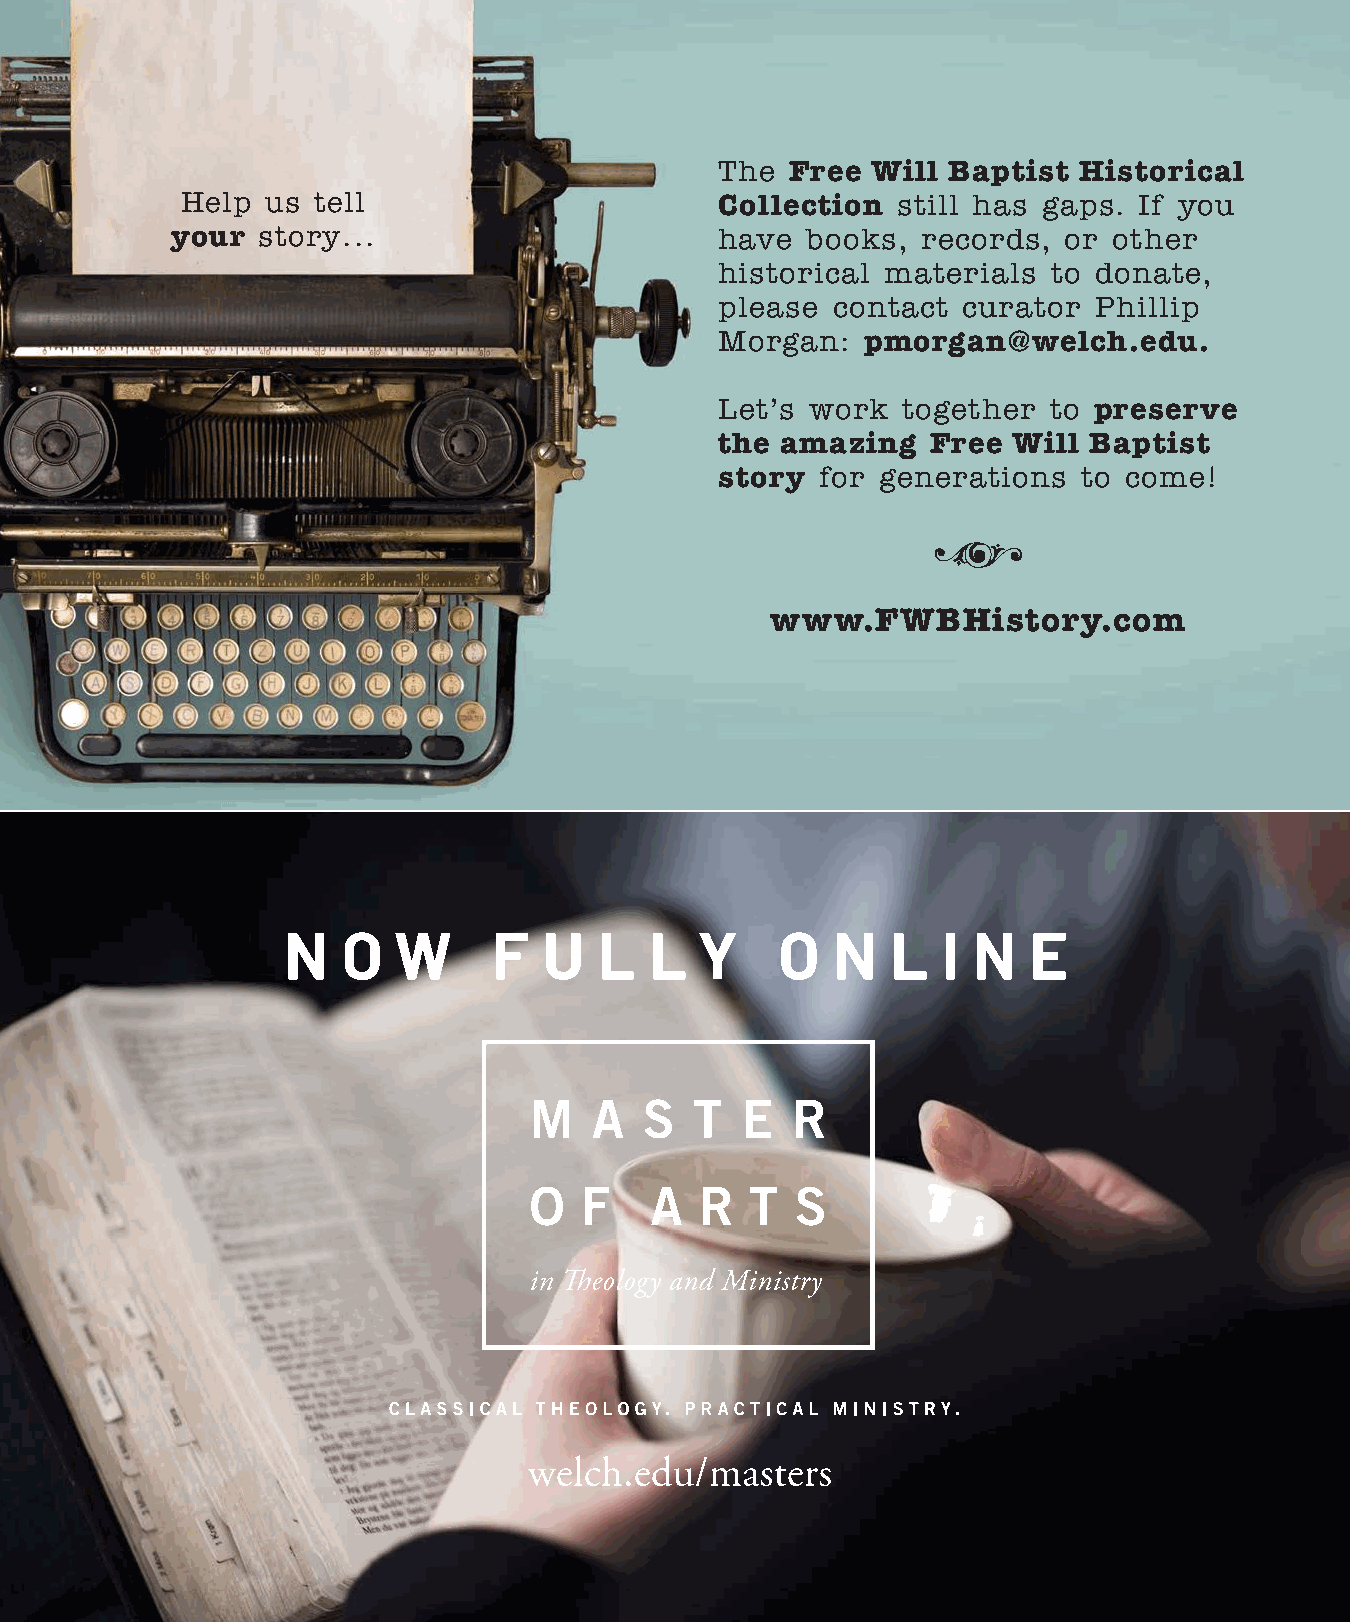
The Free  Will Baptist Historical
 Help  us tell                       Collection still has gaps. If you
 your  story...                       have books,  records, or  other
 historical materials  to donate,
 please contact  curator  Phillip
 Morgan:  pmorgan@welch.edu.
 Let’s work  together to preserve
 the amazing   Free Will Baptist
 story for generations  to come!
 i
 www.FWBHistory.com
 N   O  W      F  U   L  L  Y     O  N   L  I N   E